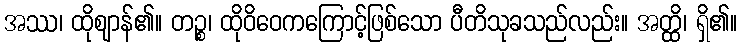
အဿ၊ ထိုဈာန်၏။ တဉ္စ၊ ထိုဝိဝေကကြောင့်ဖြစ်သော ပီတိသုခသည်လည်း။ အတ္ထိ၊ ရှိ၏။